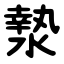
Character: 漐